Civil Veterinary Department Bihar & Orissa reports 1911-21 - 1911-1921
Year: 1911
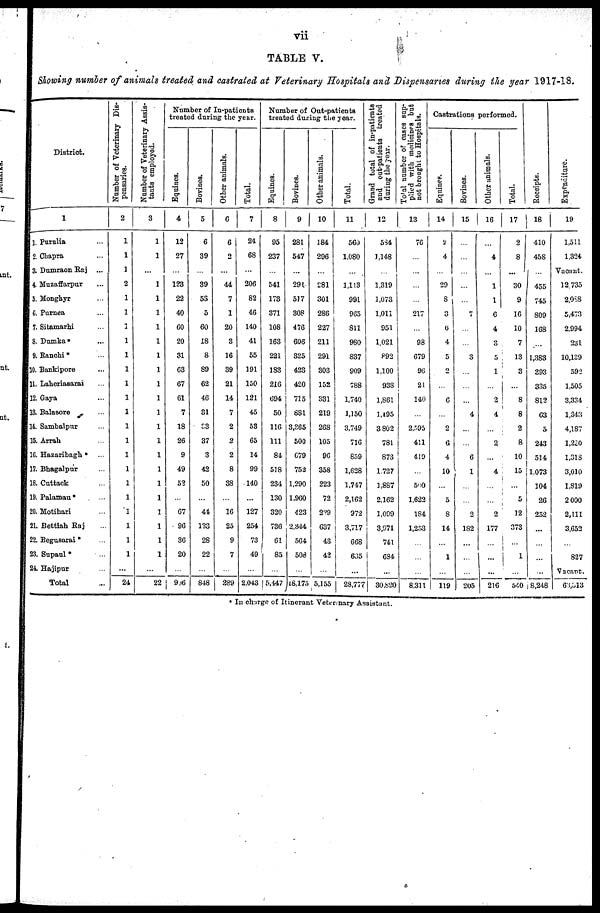
vii
TABLE V.
Showing number of animals treated and castrated at Veterinary Hospitals and Dispensaries during the year 1917-18.
District.
1
1. Purulia ...
2. Chapra ...
3. Dumraon Raj
...
4. Muzaffarpur ...
5. Monghyr ...
6. Purnea ...
7. Sitamarhi ...
8. Dumka* ...
9. Ranchi * ...
10. Bankipore ...
11. Laheriasarai ...
12. Gaya ...
13. Balasore ...
14. Sambalpur ...
15. Arrah ...
16. Hazaribagh * ...
17. Bhagalpur ...
18. Cuttack ...
19. Palamau * ...
20. Motihari ...
21. Bettiah Raj ...
22. Begusarai * ...
23. Supaul * ...
24. Hajipur ...
Total ...
Number of Veterinary Dis-
pensaries.
2
1
1
...
2
1
1
1
1
1
1
1
1
1
1
1
1
1
1
1
1
1
1
1
...
24
Number of Veterinary Assis-
tants employed.
3
1
1
...
1
1
1
1
1
1
1
1
1
1
1
1
1
1
1
1
1
1
1
1
1
...
22
Number of In-patients
treated during the year.
Equinc8.
4
12
27
...
123
22
40
60
20
31
63
67
61
7
18
26
9
49
52
...
67
96
36
20
...
906
Bovines.
5
6
39
...
39
53
5
60
18
8
S9
62
46
31
...
37
3
42
50
...
44
133
28
22
...
848
Other animals.
6
6
2
...
44
7
1
20
3
16
39
21
14
7
2
2
2
8
88
...
16
25
9
7
...
289
Total.
7
24
68
...
206
82
46
140
41
55
191
150
121
45
53
65
14
99
140
...
127
254
73
49
2,043
Number of Out-patients
treated during the year.
Equines.
8
95
237
...
541
173
371
108
163
221
183
210
094
50
116
111
84
518
234
130
320
730
61
85
...
5,447
Bovines.
9
281
547
...
291
517
308
476
606
325
423
420
715
881
3,365
500
679
752
1,290
1,960
423
2,344
564
508
...
18.177
Other animals.
10
184
296
...
281
301
286
227
211
291
303
152
331
219
268
105
96
358
223
72
229
637
43
42
...
5,155
Total.
11
560
1,080
...
1,113
991
965
811
980
837
909
788
1,740
1,150
3,749
716
859
1,628
1,747
2,162
972
3,717
608
605
...
28,777
Grand total of in-patients
and
out-patients treated
during the year.
12
584
1,148
...
1,319
1,073
1,011
951
1,021
892
1,100
988
1,861
1,195
J 3 802
781
873
1727
1,887
2,162
1,009
3,071
741
684
...
30,820
Total
number of cases sap-
plied with medicines but
not brought to Hospitals.
13
76
...
...
.....
...
217
...
98
679
96
21
140
...
2,595
411
419
...
590
1,622
184
1,253
..
...
...
8,311
Castrations performed.
Equines.
14
2
4
...
29
8
8
6
4
5
2
...
6
...
2
6
4
10
...
5
8
14
...
1
...
119
Bovines.
15
...
...
...
...
...
7
...
...
3
...
...
4
...
...
6
1
...
...
2
182
...
...
...
205
Other animals.
16
...
4
...
1
1
6
4
3
5
1
...
2
4
...
2
...
4
...
...
2
177
...
...
...
216
Total.
17
2
8
...
30
9
16
10
7
13
3
...
8
8
2
8
10
15
...
5
12
373
...
1
540
Receipts.
18
410
458
...
455
745
809
168
...
1,383
393
335
812
63
5
243
514
1073
104
26
252
...
...
...
...
8,248
Expenditure.
19
1,511
1324
Vacant.
12 735
2,088
5,473
2994
231
10,189
592
1.505
3,334
1,348
4,187
1,220
1,018
3,010
1,819
2 000
2,111
3,652
...
827
Vacant.
66,013
* In charge of Itinerant Veteirnary Assistant.